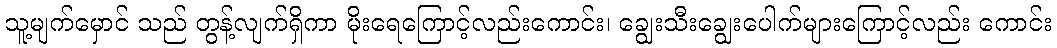
သူ့မျက်မှောင် သည် တွန့်လျက်ရှိကာ မိုးရေကြောင့်လည်းကောင်း၊ ချွေးသီးချွေးပေါက်များကြောင့်လည်း ကောင်း